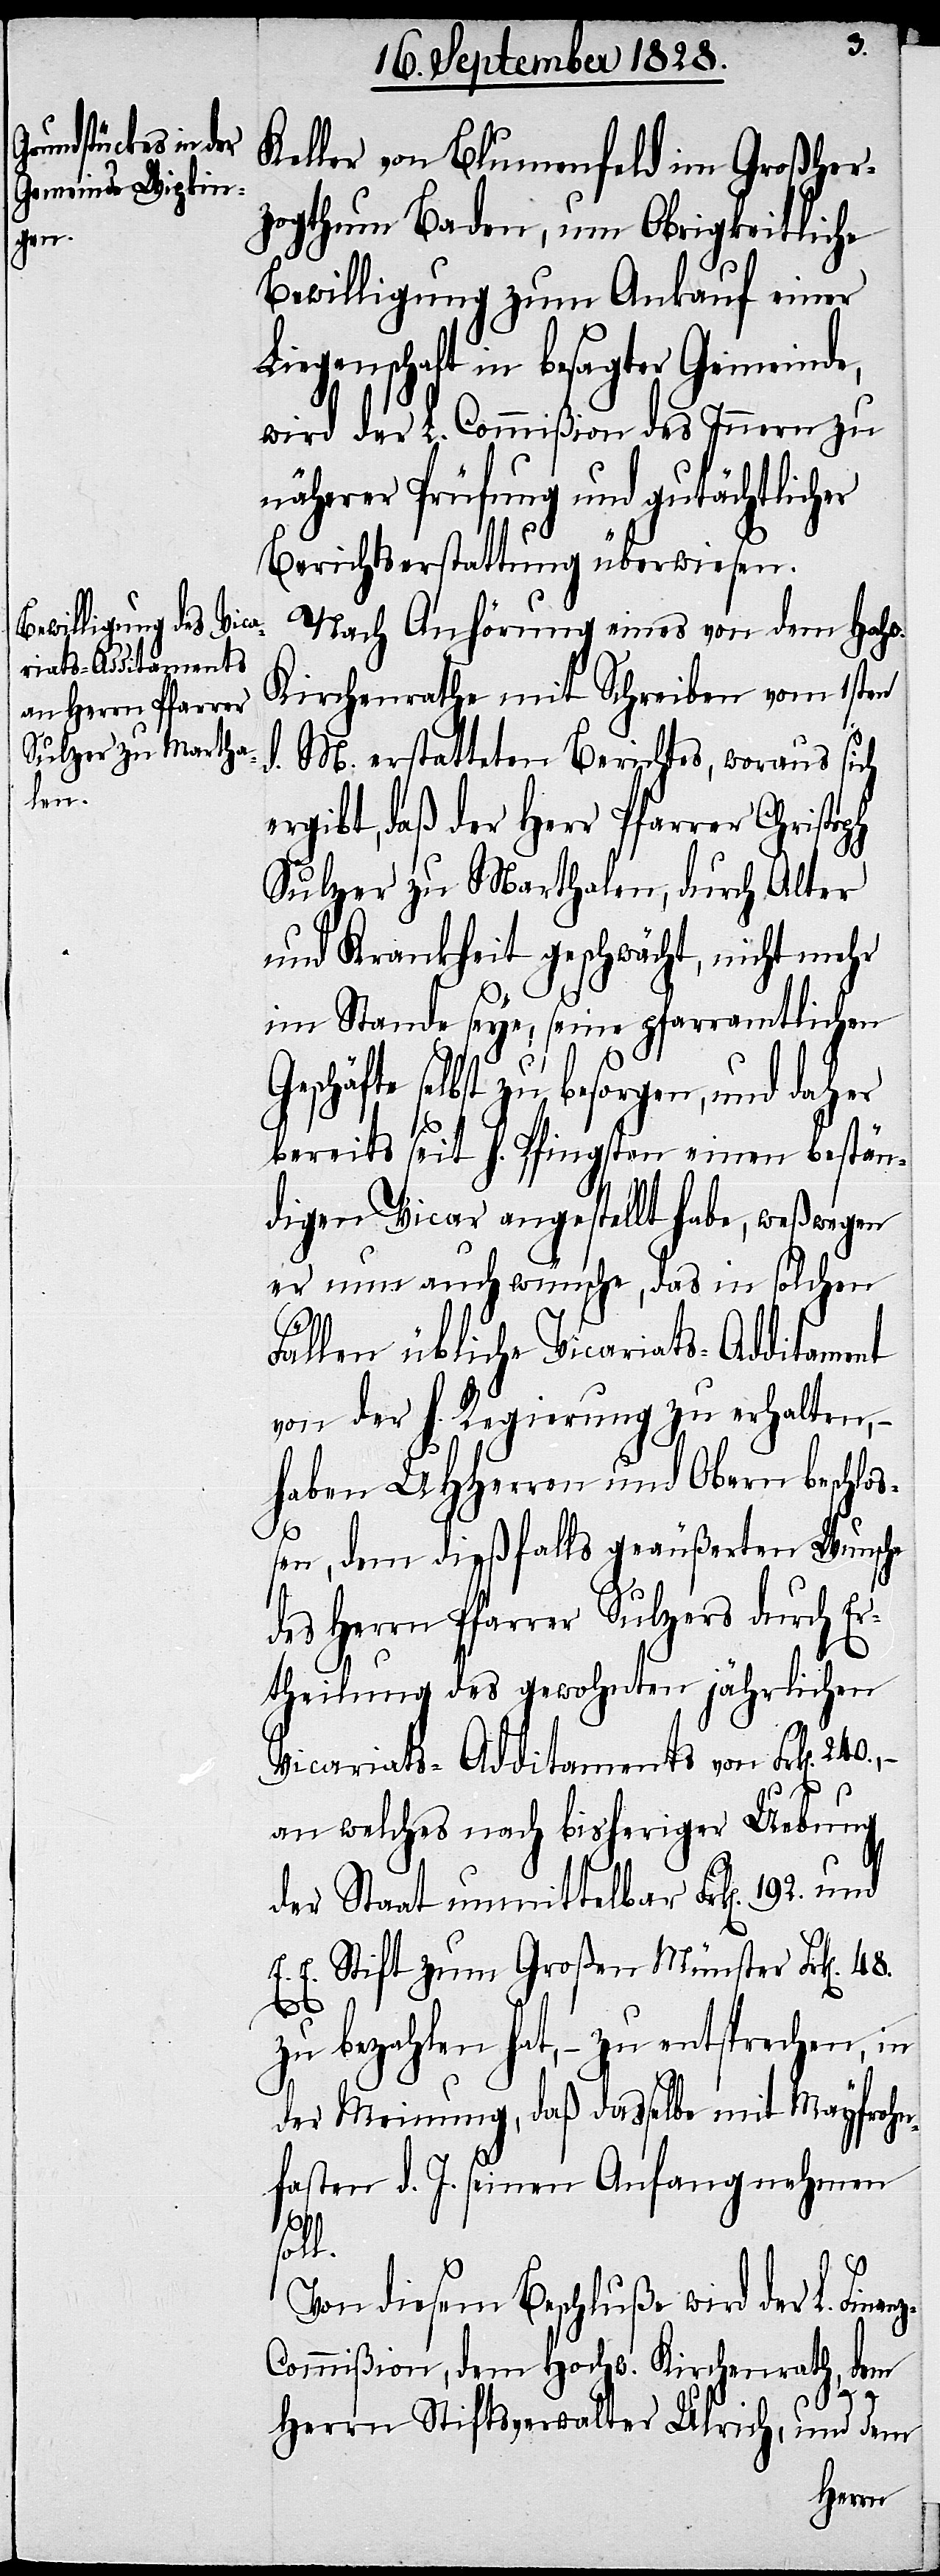
Keller von Blumenfeld im Großher¬
zogthum Baden, um Obrigkeitliche
Bewilligung zum Ankauf einer
Liegenschaft in besagter Gemeinde,
wird der L. Commißion des Innern zu
näherer Prüfung und gutächtlicher
Berichtserstattung überwiesen.
Nach Anhörung eines von dem Hochw.
Kirchenrathe, mit Schreiben vom 1sten
d. M. erstatteten Berichtes, woraus sich
ergibt, daß der Herr Pfarrer Christoph
Sulzer zu Marthalen, durch Alter
und Krankheit geschwächt, nicht mehr
im Stande seye, seine pfarramtlichen
schäfte selbst zu besorgen, und daher
bereits seit h. Pfingsten einen bestän¬
digen Vicar angestellt habe, weßwegen
er nun auch wünsche, das in solchen
Fällen übliche Vicariats-Additament
von der h. Regierung zu erhalten, –
haben UHHerren und Obern beschlo¬
240.
ßen, dem dießfalls geäußerten Wunsche
des Herrn Pfarrer Sulzers durch Er¬
theilung des gewohnten jährlichen
Vicariats-Additaments von Frk[en].
an welches nach bisheriger Uebung
der Staat unmittelbar Frk[en].
E. E. Stift zum Großen Münster Frk[en].
anz-C¬
zu bezahlen hat, – zu entsprechen, in
der Meinung, daß dasselbe mit Mayfrohn¬
fasten d. J. seinen Anfang nehmen
soll.
Von diesem Beschluße wird der L. Fin¬
ommißion, dem Hochw. Kirchenrath, dem
Herrn Stiftsverwalter Ulrich, und dem